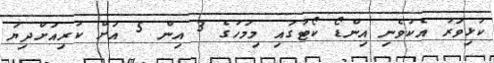
ކުޅިވަރު އެކުވެނި އިންޑޯ ކޯޓުގައި މިމަހުގެ 3 އިން 5 އަށް ކުރިއަށްދިޔަ